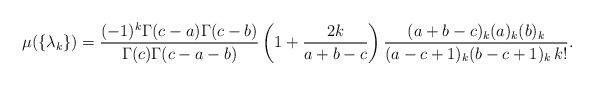
LaTeX: \begin{align*}\mu(\{\lambda_{k}\})=\frac{(-1)^{k}\Gamma(c-a)\Gamma(c-b)}{\Gamma(c)\Gamma(c-a-b)}\left(1+\frac{2k}{a+b-c}\right)\frac{(a+b-c)_{k}(a)_{k}(b)_{k}}{(a-c+1)_{k}(b-c+1)_{k}\, k!}.\end{align*}